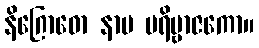
နိဂြောဓော နာမ ပရိဗ္ဗာဇကော။